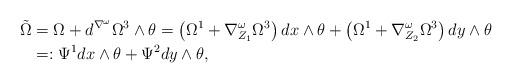
LaTeX: \begin{align*} \tilde \Omega & = \Omega + d^{\nabla^\omega} \Omega^3 \wedge \theta = \left(\Omega^1 + \nabla^\omega_{Z_1} \Omega^3 \right) dx \wedge \theta + \left( \Omega^1 + \nabla^\omega_{Z_2} \Omega^3\right) dy \wedge \theta \\& =: \Psi^1 dx \wedge \theta + \Psi^2 dy \wedge \theta,\end{align*}